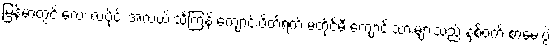
မြန်မာတွင် လေး လပိုင်း အလယ် သင်္ကြန် ကျောင်းပိတ်ရက် မတိုင်မီ ကျောင်းသားများသည် နှစ်ဝက် စာမေးပွဲ